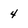
Character: 4